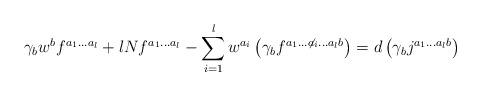
LaTeX: \begin{align*}\gamma_bw^bf^{a_1...a_l}+lNf^{a_1...a_l}-\sum_{i=1}^{l}w^{a_i}\left(\gamma_bf^{a_1...{\not a_i}...a_lb}\right)=d \left(\gamma_bj^{a_1...a_lb}\right)\end{align*}